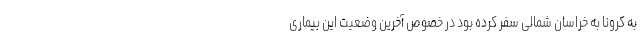
به کرونا به خراسان شمالی سفر کرده بود در خصوص آخرین وضعیت این بیماری